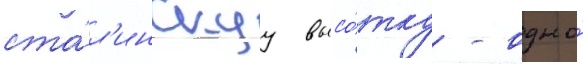
ста́л'инскуу высо́тку - одно́